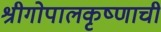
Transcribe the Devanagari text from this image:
श्रीगोपालकृष्णाची